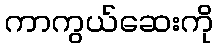
ကာကွယ်ဆေးကို